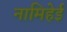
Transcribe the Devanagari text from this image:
नामिहेई